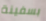
بسفينة